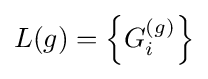
L(g)=\left\{G_{i}^{(g)}\right\}